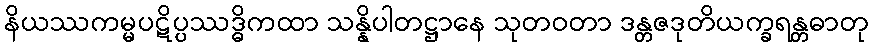
နိယဿကမ္မပဋိပ္ပဿဒ္ဓိကထာ သန္နိပါတဋ္ဌာနေ သုတဝတာ ဒန္တဇဒုတိယက္ခရန္တဓာတု